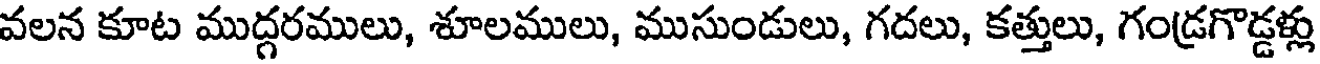
వలన కూట ముద్గరములు, శూలములు, ముసుండులు, గదలు, కత్తులు, గండ్రగొడ్డళ్లు